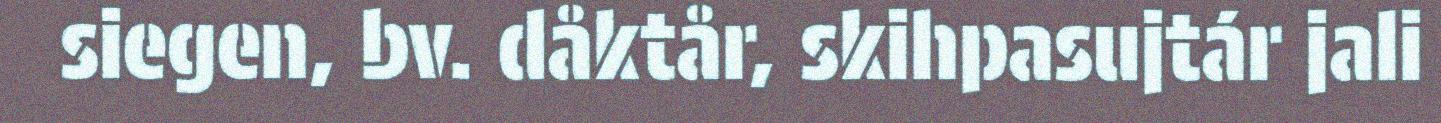
siegen, bv. dåktår, skihpasujtár jali